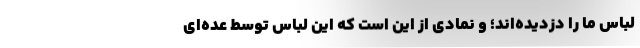
لباس ما را دزدیده‌اند؛ و نمادی از این است که این لباس توسط عده‌ای